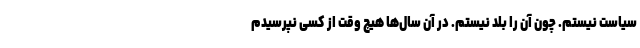
سیاست نیستم. چون آن را بلد نیستم. در آن سال‌ها هیچ وقت از کسی نپرسیدم